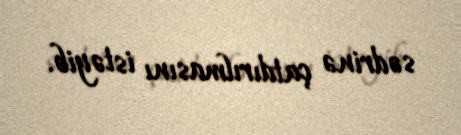
sədrinə çatdırılmasını istəyib.